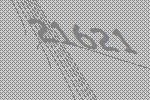
21621